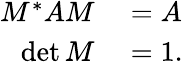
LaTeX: \begin{array}{rl}{M^{*}AM}&{{}=A}\\ {\operatorname*{det}M}&{{}=1.}\end{array}